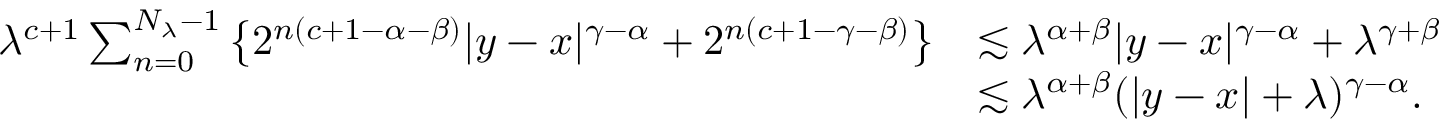
\begin{array} { r l } { \lambda ^ { c + 1 } \sum _ { n = 0 } ^ { N _ { \lambda } - 1 } \big \{ 2 ^ { n ( c + 1 - \alpha - \beta ) } | y - x | ^ { \gamma - \alpha } + 2 ^ { n ( c + 1 - \gamma - \beta ) } \big \} } & { \lesssim \lambda ^ { \alpha + \beta } | y - x | ^ { \gamma - \alpha } + \lambda ^ { \gamma + \beta } } \\ & { \lesssim \lambda ^ { \alpha + \beta } ( | y - x | + \lambda ) ^ { \gamma - \alpha } . } \end{array}